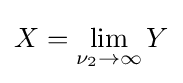
X=\lim _{\nu _{2}\to \infty }Y